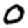
Digit: 0